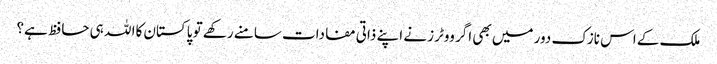
ملک کے اس نازک دور میں بھی اگر ووٹرز نے اپنے ذاتی مفادات سامنے رکھے تو پاکستان کاا للہ ہی حافظ ہے؟